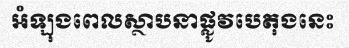
អំឡុងពេលស្ថាបនាផ្លូវបេតុងនេះ